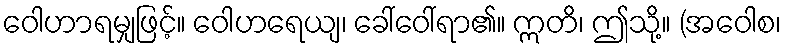
ဝေါဟာရမျှဖြင့်။ ဝေါဟရေယျ၊ ခေါ်ဝေါ်ရာ၏။ ဣတိ၊ ဤသို့။ (အဝေါစ၊